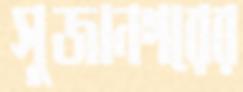
সুজানগরের